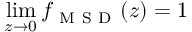
\operatorname* { l i m } _ { z \to 0 } f _ { \mathrm { ~ M ~ S ~ D ~ } } ( z ) = 1